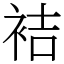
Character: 袺